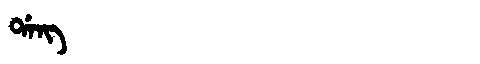
Manchu: ᡩᠠᠩ
Romanization: DANG